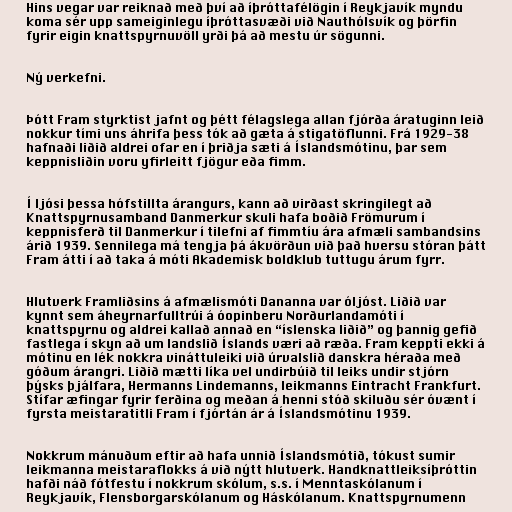
Hins vegar var reiknað með því að íþróttafélögin í Reykjavík myndu
koma sér upp sameiginlegu íþróttasvæði við Nauthólsvík og þörfin
fyrir eigin knattspyrnuvöll yrði þá að mestu úr sögunni.

Ný verkefni.

Þótt Fram styrktist jafnt og þétt félagslega allan fjórða áratuginn leið
nokkur tími uns áhrifa þess tók að gæta á stigatöflunni. Frá 1929-38
hafnaði liðið aldrei ofar en í þriðja sæti á Íslandsmótinu, þar sem
keppnisliðin voru yfirleitt fjögur eða fimm.

Í ljósi þessa hófstillta árangurs, kann að virðast skringilegt að
Knattspyrnusamband Danmerkur skuli hafa boðið Frömurum í
keppnisferð til Danmerkur í tilefni af fimmtíu ára afmæli sambandsins
árið 1939. Sennilega má tengja þá ákvörðun við það hversu stóran þátt
Fram átti í að taka á móti Akademisk boldklub tuttugu árum fyrr.

Hlutverk Framliðsins á afmælismóti Dananna var óljóst. Liðið var
kynnt sem áheyrnarfulltrúi á óopinberu Norðurlandamóti í
knattspyrnu og aldrei kallað annað en “íslenska liðið” og þannig gefið
fastlega í skyn að um landslið Íslands væri að ræða. Fram keppti ekki á
mótinu en lék nokkra vináttuleiki við úrvalslið danskra héraða með
góðum árangri. Liðið mætti líka vel undirbúið til leiks undir stjórn
þýsks þjálfara, Hermanns Lindemanns, leikmanns Eintracht Frankfurt.
Stífar æfingar fyrir ferðina og meðan á henni stóð skiluðu sér óvænt í
fyrsta meistaratitli Fram í fjórtán ár á Íslandsmótinu 1939.

Nokkrum mánuðum eftir að hafa unnið Íslandsmótið, tókust sumir
leikmanna meistaraflokks á við nýtt hlutverk. Handknattleiksíþróttin
hafði náð fótfestu í nokkrum skólum, s.s. í Menntaskólanum í
Reykjavík, Flensborgarskólanum og Háskólanum. Knattspyrnumenn